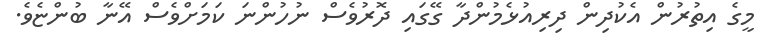
މީގެ އިތުރުން އެކުދިން ދިރިއުޅެމުންދާ ގޭގައި ދޮރުވެސް ނުހުންނަ ކަމަށްވެސް އޭނާ ބުންޏެވެ.